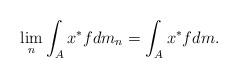
LaTeX: \begin{align*} \lim_n \int_{A}x^* f dm_n = \int_{A}x^*f dm. \end{align*}